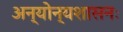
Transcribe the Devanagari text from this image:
अन्योन्यशासनः